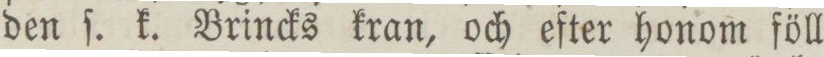
den ſ. k. Brincks kran, och efter honom föll